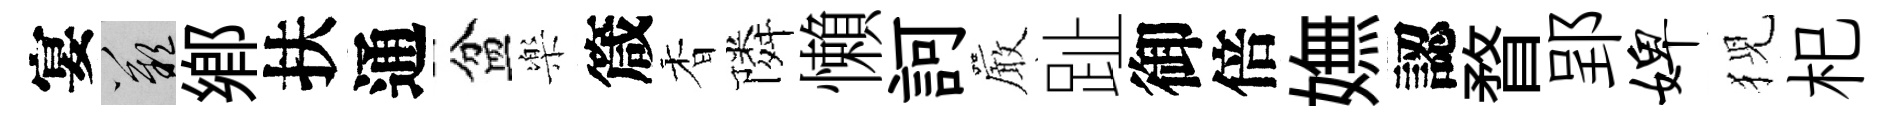
宴嘆鄉扶通盆樂箴香隣懶訶巖趾御倍嫵認瞀郢婢猊𣏌